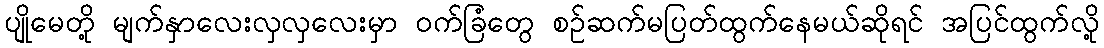
ပျိုမေတို့ မျက်နှာလေးလှလှလေးမှာ ဝက်ခြံတွေ စဉ်ဆက်မပြတ်ထွက်နေမယ်ဆိုရင် အပြင်ထွက်လို့